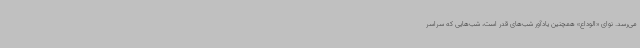
می‌رسد. نوای «الوداع» همچنین یادآور شب‌های قدر است، شب‌هایی که سراسر